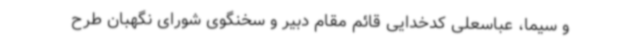
و سیما، عباسعلی کدخدایی قائم‌ مقام دبیر و سخنگوی شورای نگهبان طرح